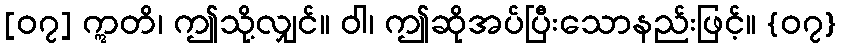
[၀၇] ဣတိ၊ ဤသို့လျှင်။ ဝါ၊ ဤဆိုအပ်ပြီးသောနည်းဖြင့်။ {၀၇}